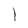
Character: l